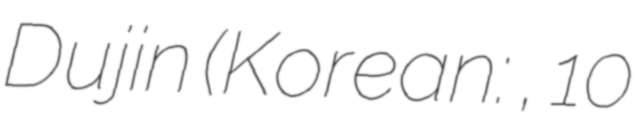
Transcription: Dujin (Korean: 박두진, 10